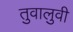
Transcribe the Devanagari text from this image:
तुवालुवी